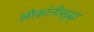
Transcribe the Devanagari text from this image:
लोकांनीसुद्धा